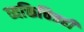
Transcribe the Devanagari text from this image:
व्यक्तिचित्रही